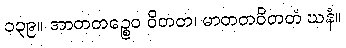
၁၃၉။ အာတတဉ္စေဝ ဝိတတ၊ မာတတဝိတတံ ဃနံ။